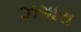
ઝગારા